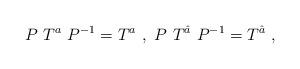
LaTeX: \begin{align*}P~T^a~P^{-1}= T^a ~,~ P~T^{\hat a}~P^{-1}= T^{\hat a}~,~\,\end{align*}